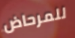
للمرحاض